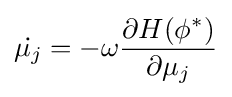
{\dot {\mu _{j}}}=-\omega {\frac {\partial H(\phi ^{*})}{\partial \mu _{j}}}